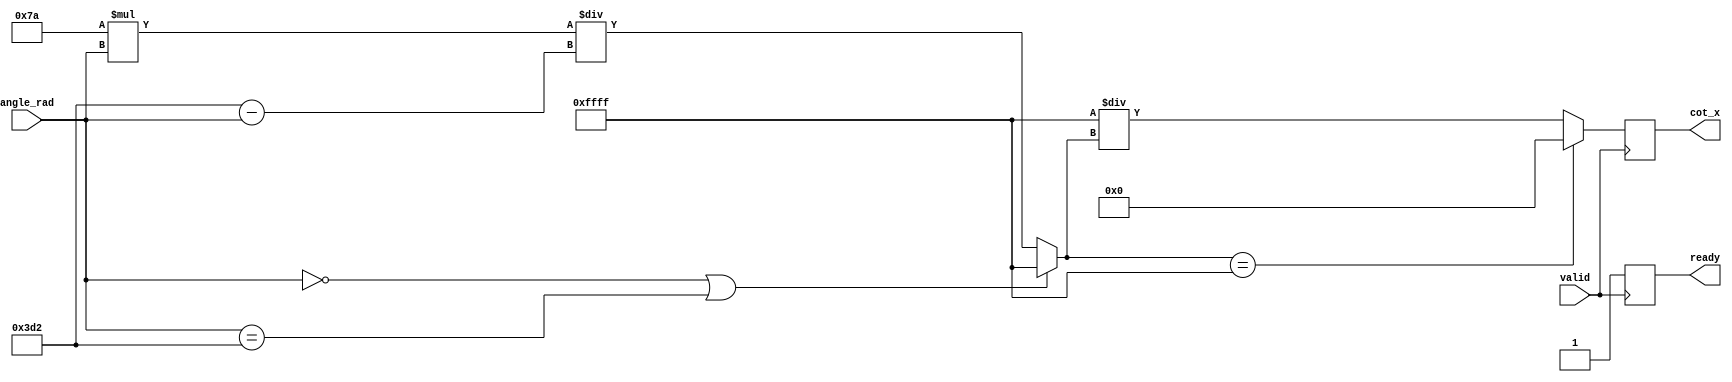
module cotangent (
    input  wire [15:0] angle_rad,  // Fixed-point representation of angle (x) in radians
    input  wire          valid,      // Enable signal to indicate valid input
    output reg  [15:0]  cot_x,      // Cotangent output
    output reg          ready        // Ready signal to indicate output validity
);

// Internal Signals
reg [15:0] tan_x;  // Tangent value
reg [15:0] reciprocal_tan_x; // Reciprocal of tan(x)

// Constants
parameter MAX_VAL = 16'hFFFF; // Set maximum value to prevent overflow
parameter PI = 16'h03D2;  // Approximation of pi in fixed-point (0x3D2 == 1.0 in Q1.15)

// Function to calculate Tangent using a simplified approximation 
// (In a real implementation, you'd use a more accurate method like CORDIC or Taylor series)
function [15:0] compute_tan(input [15:0] angle);
begin
    // Example simplification of a tangent function: should be replaced with actual implementation.
    if (angle == 0 || angle == PI) // Handle multiples of pi
        compute_tan = MAX_VAL; // return large value to signal overflow
    else
        compute_tan = (16'h007A * angle) / (PI - angle); // simplified approximation
end
endfunction

// Main Process
always @(posedge valid) begin
    if (valid) begin
        tan_x = compute_tan(angle_rad);
        
        // Handle case where tan_x is zero (i.e., cot(x) = 1/tan(x) logic)
        if (tan_x == MAX_VAL) begin 
            cot_x = 0; // Representas undefined in your context, could also use different signaling.
        end
        else begin
            reciprocal_tan_x = (MAX_VAL * 16'h0001) / tan_x; // Inverse tangent
            cot_x = reciprocal_tan_x; // Assign to output
        end
        ready = 1; // Set output ready
    end
    else begin
        ready = 0; // Not ready if valid is low
    end
end

endmodule